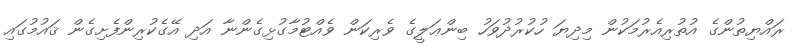
ރައްޔިތުންގެ އުތުރިއެރުމަކުން މިދިޔަ ހުކުރުދުވަހު ބިންޢަލީގެ ވެރިކަން ވެއްޓުމާގުޅިގެންނާ އަދި އޭގެކުރިންފެށިގެން ޤައުމުގައި